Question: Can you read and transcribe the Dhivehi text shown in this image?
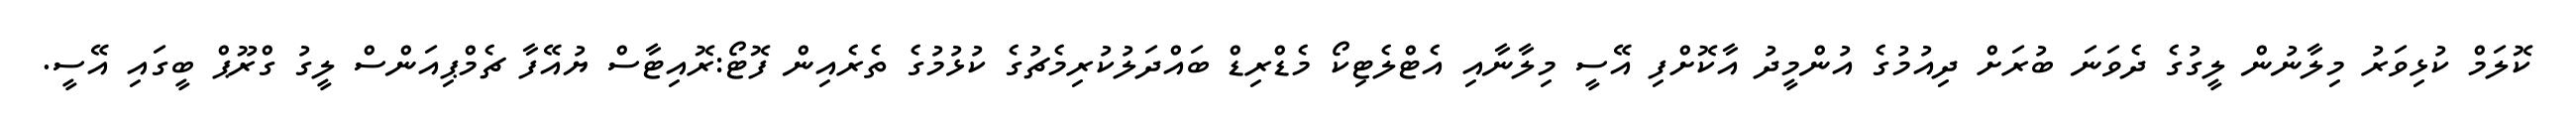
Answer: ކޮލަމް ކުޅިވަރު މިލާނުން ލީގުގެ ދެވަނަ ބުރަށް ދިއުމުގެ އުންމީދު އާކޮށްފި އޭސީ މިލާނާއި އެޓްލެޓިކޯ މެޑްރިޑް ބައްދަލުކުރިމެޗުގެ ކުޅުމުގެ ތެރެއިން ފޮޓޯ:ރޮއިޓާސް ޔުއޭފާ ޗެމްޕިއަންސް ލީގު ގްރޫޕް ބީގައި އޭސީ.